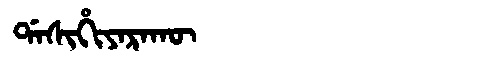
Manchu: ᡩᠠᠰᡳᡥᡳᠶᠠᡵᠠᡴᡡ
Romanization: DASIHIYARAKŪ